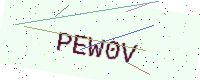
Text: PEW0V